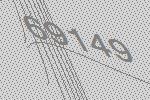
69149